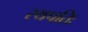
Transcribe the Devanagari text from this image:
स्थपतिः